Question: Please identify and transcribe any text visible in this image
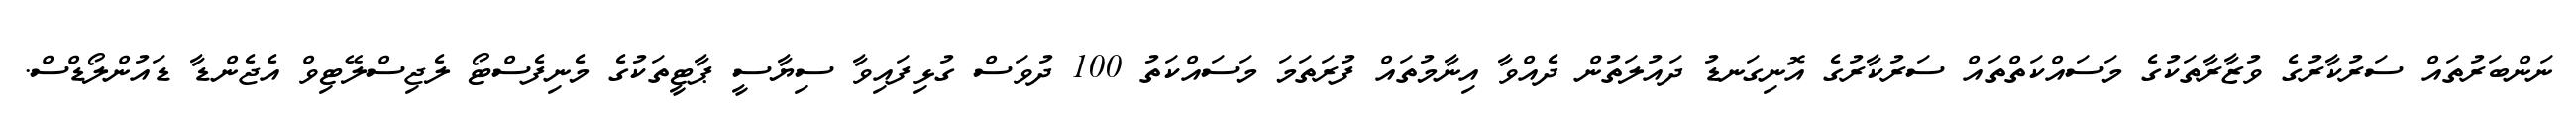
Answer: ނަންބަރުތައް ސަރުކާރުގެ ވުޒާރާތަކުގެ މަސައްކަތްތައް ސަރުކާރުގެ އޮނިގަނޑު ދައުލަތުން ދެއްވާ އިނާމުތައް ފުރަތަމަ މަސައްކަތު 100 ދުވަސް ގުޅިފައިވާ ސިޔާސީ ޕާޓީތަކުގެ މެނިފެސްޓޯ ލެޖިސްލޭޓިވް އެޖެންޑާ ޑައުންލޯޑްސް.